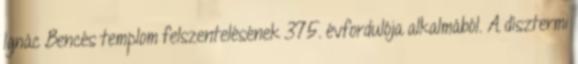
Ignác Bencés templom felszentelésének 375. évfordulója alkalmából. A dísztermi